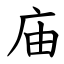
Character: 庙